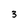
Character: 3